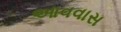
આવવાસ